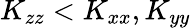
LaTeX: K_{zz}<K_{xx},K_{yy}